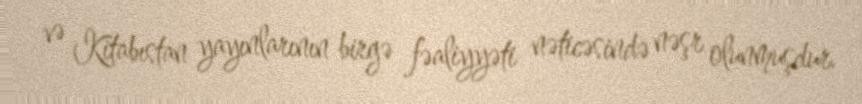
və Kitabıstan yayınlarının birgə fəaliyyəti nəticəsində nəşr olunmuşdur.